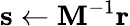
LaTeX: \mathbf{s}\leftarrow\mathbf{M}^{-1}\mathbf{r}